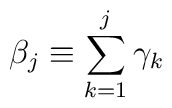
\beta_j \equiv  \sum_{k=1}^{j} \gamma_k